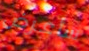
سأعرض